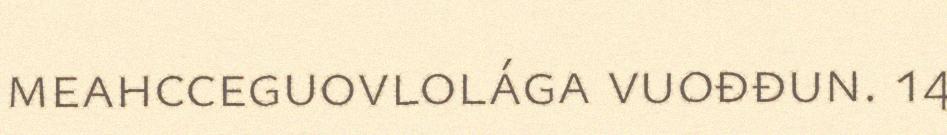
meahcceguovlolága vuođđun. 14